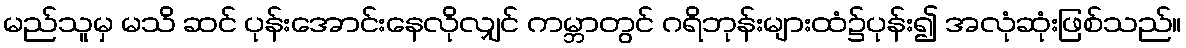
မည်သူမှ မသိ ဆင် ပုန်းအောင်းနေလိုလျှင် ကမ္ဘာတွင် ဂရိဘုန်းများထံ၌ပုန်း၍ အလုံဆုံးဖြစ်သည်။